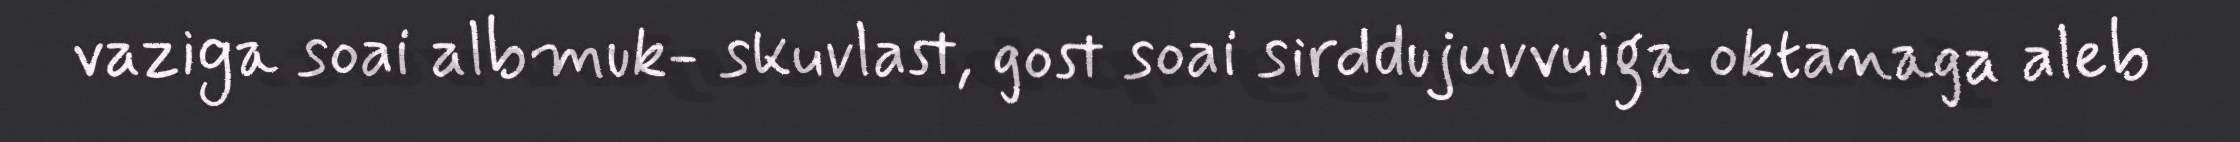
vaziga soai albmuk- skuvlast, gost soai sirddujuvvuiga oktanaga aleb